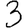
Digit: 3